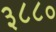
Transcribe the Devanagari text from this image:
३८८०